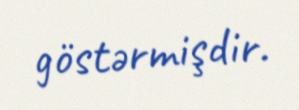
göstərmişdir.